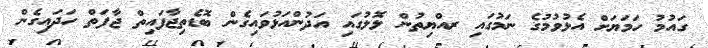
ގައުމު ހަމަޔަށް އެޅުވުމުގެ ނަމުގައި ރއްޔިތުން ލޮލުގައި އަދުންއަޅުވައިގެން ބޮޑެތިޖާފައިތް ޖާފަތް ހަދައިގެން